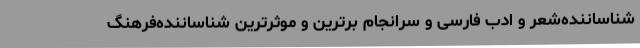
شناساننده‌شعر و ادب فارسی و سرانجام برترین و موثرترین شناساننده‌فرهنگ